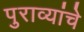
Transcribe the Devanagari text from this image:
पुराव्यांचे